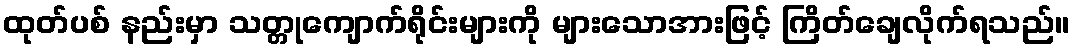
ထုတ်ပစ် နည်းမှာ သတ္တုကျောက်ရိုင်းများကို များသောအားဖြင့် ကြိတ်ချေလိုက်ရသည်။